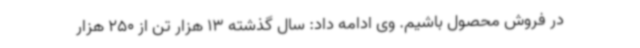
در فروش محصول باشیم. وی ادامه داد: سال گذشته 13 هزار تن از 250 هزار